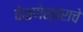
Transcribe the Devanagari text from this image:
वेळणेश्वराचे